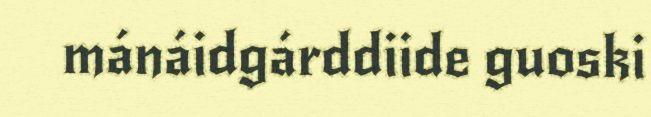
mánáidgárddiide guoski